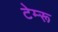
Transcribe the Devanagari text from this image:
टेम्‍रू